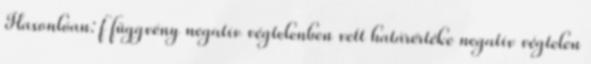
Hasonlóan: f függvény negatív végtelenben vett határértéke negatív végtelen